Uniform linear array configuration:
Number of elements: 32
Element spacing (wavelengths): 1
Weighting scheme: hamming
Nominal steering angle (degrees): -60
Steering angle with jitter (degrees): -61.649
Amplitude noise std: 0.05
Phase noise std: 0.05

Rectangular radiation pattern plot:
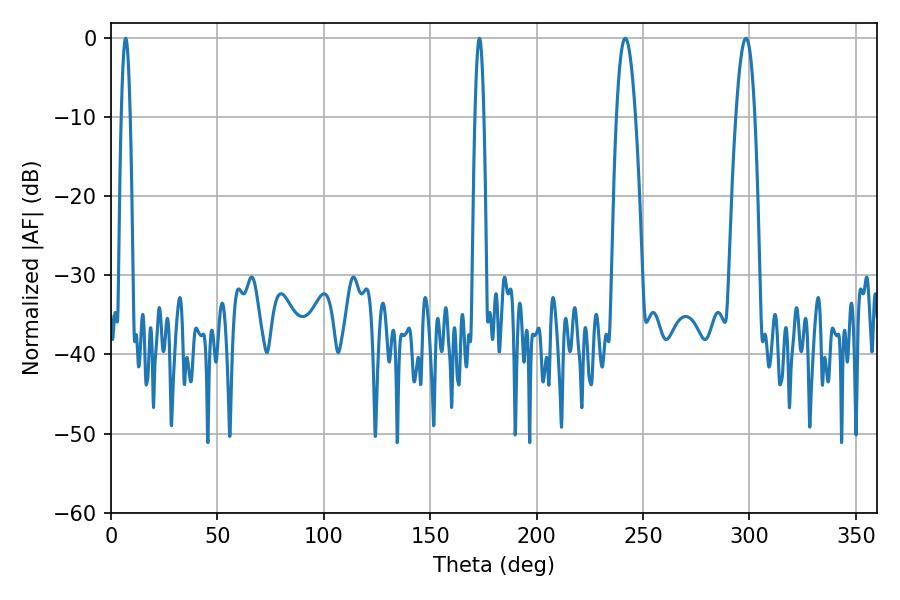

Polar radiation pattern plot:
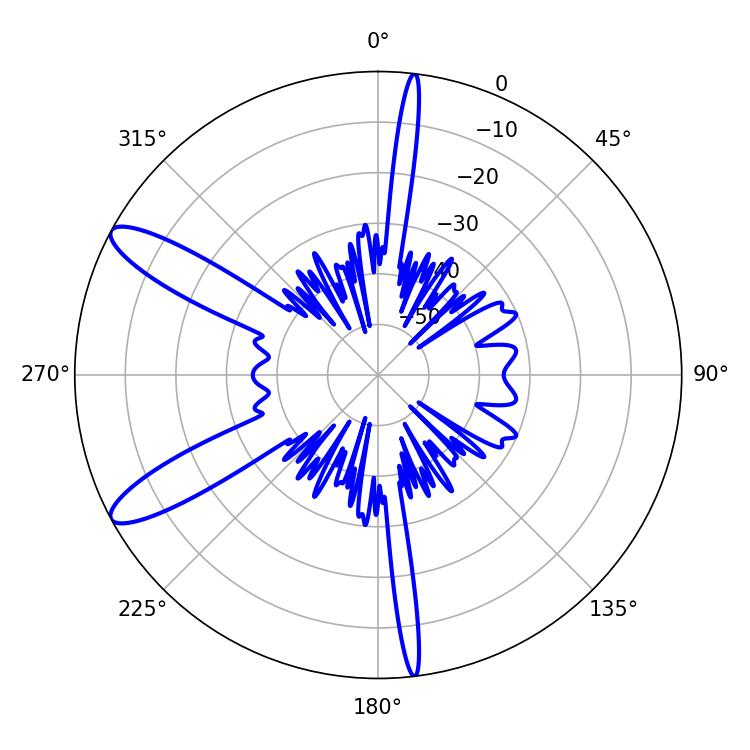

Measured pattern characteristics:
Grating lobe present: TRUE
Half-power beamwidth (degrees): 5.04
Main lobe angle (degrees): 241.56